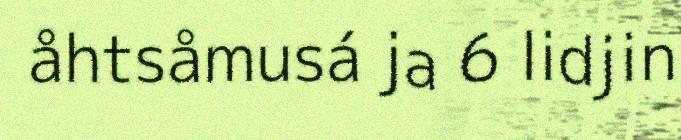
åhtsåmusá ja 6 lidjin